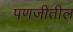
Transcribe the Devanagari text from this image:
पणजीतील